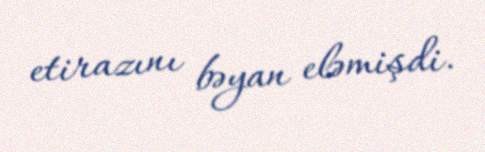
etirazını bəyan eləmişdi.